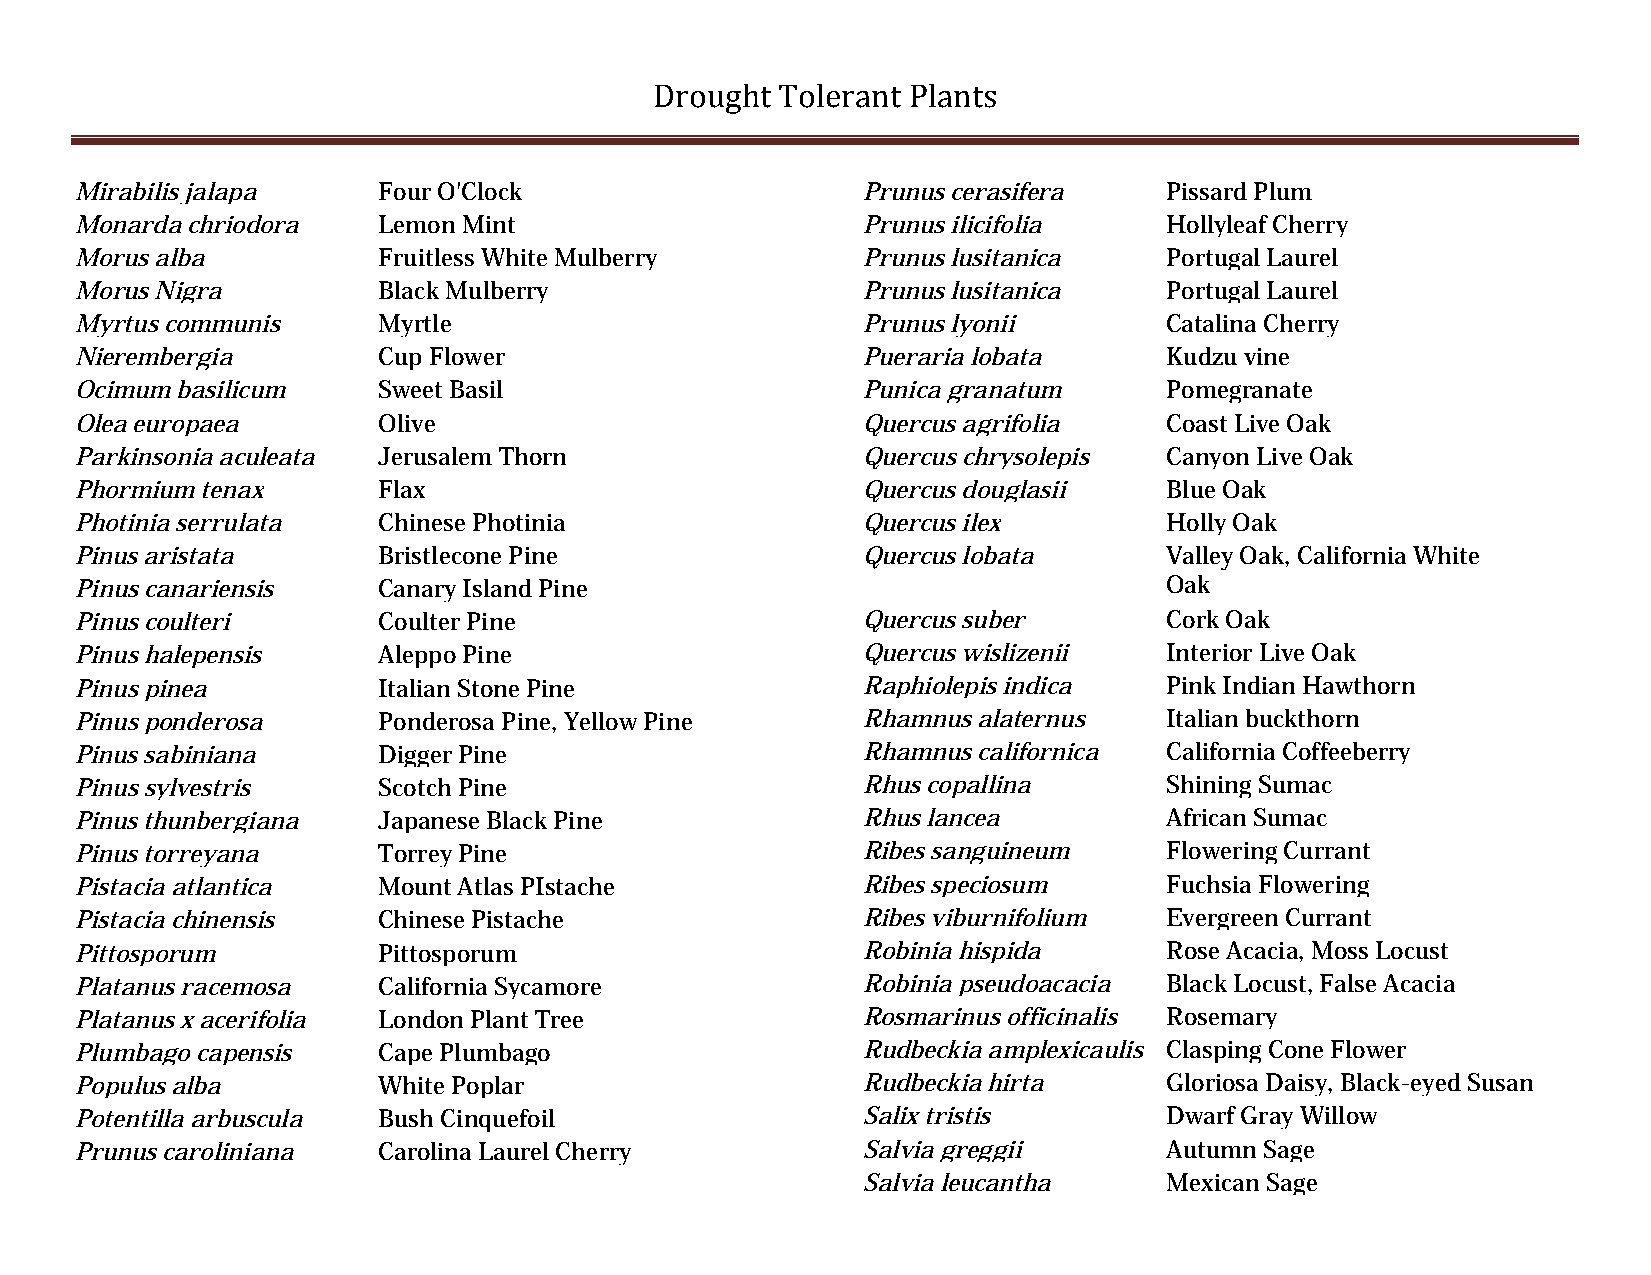
Drought  Tolerant Plants
 Mirabilis jalapa    Four O'Clock                    Prunus cerasifera   Pissard Plum
 Monarda chriodora   Lemon Mint                      Prunus ilicifolia   Hollyleaf Cherry
 Morus alba          Fruitless White Mulberry        Prunus lusitanica   Portugal Laurel
 Morus Nigra         Black Mulberry                  Prunus lusitanica   Portugal Laurel
 Myrtus communis     Myrtle                          Prunus lyonii       Catalina Cherry
 Nierembergia        Cup Flower                      Pueraria lobata     Kudzu vine
 Ocimum basilicum    Sweet Basil                     Punica granatum     Pomegranate
 Olea europaea       Olive                           Quercus agrifolia   Coast Live Oak
 Parkinsonia aculeata Jerusalem Thorn                Quercus chrysolepis Canyon Live Oak
 Phormium tenax      Flax                            Quercus douglasii   Blue Oak
 Photinia serrulata  Chinese Photinia                Quercus ilex        Holly Oak
 Pinus aristata      Bristlecone Pine                Quercus lobata      Valley Oak, California White
 Pinus canariensis   Canary Island Pine                                  Oak
 Pinus coulteri      Coulter Pine                    Quercus suber       Cork Oak
 Pinus halepensis    Aleppo Pine                     Quercus wislizenii  Interior Live Oak
 Pinus pinea         Italian Stone Pine              Raphiolepis indica  Pink Indian Hawthorn
 Pinus ponderosa     Ponderosa Pine, Yellow Pine     Rhamnus alaternus   Italian buckthorn
 Pinus sabiniana     Digger Pine                     Rhamnus californica California Coffeeberry
 Pinus sylvestris    Scotch Pine                     Rhus copallina      Shining Sumac
 Pinus thunbergiana  Japanese Black Pine             Rhus lancea         African Sumac
 Pinus torreyana     Torrey Pine                     Ribes sanguineum    Flowering Currant
 Pistacia atlantica  Mount Atlas PIstache            Ribes speciosum     Fuchsia Flowering
 Pistacia chinensis  Chinese Pistache                Ribes viburnifolium Evergreen Currant
 Pittosporum         Pittosporum                     Robinia hispida     Rose Acacia, Moss Locust
 Platanus racemosa   California Sycamore             Robinia pseudoacacia Black Locust, False Acacia
 Platanus x acerifolia London Plant Tree             Rosmarinus officinalis Rosemary
 Plumbago capensis   Cape Plumbago                   Rudbeckia amplexicaulis Clasping Cone Flower
 Populus alba        White Poplar                    Rudbeckia hirta     Gloriosa Daisy, Black-eyed Susan
 Potentilla arbuscula Bush Cinquefoil                Salix tristis       Dwarf Gray Willow
 Prunus caroliniana  Carolina Laurel Cherry          Salvia greggii      Autumn Sage
 Salvia leucantha    Mexican Sage